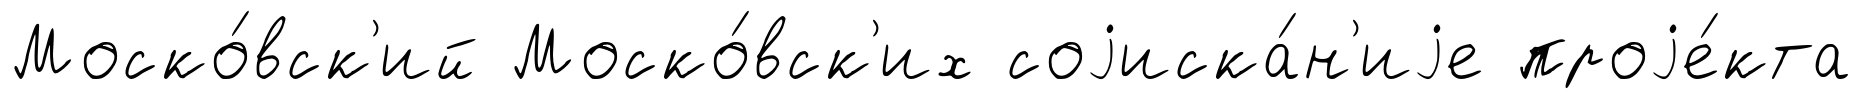
Моско́вск'ий Моско́вск'их соjиска́н'иjе проjе́кта